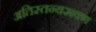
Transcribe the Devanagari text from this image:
अतिस्तन्यस्रवण